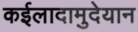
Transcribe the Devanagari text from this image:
कईलादामुदेयान